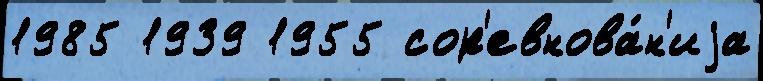
1985 1939 1955 сор'евнова́н'иjа